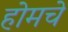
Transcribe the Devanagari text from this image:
होमचे